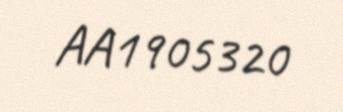
AA1905320